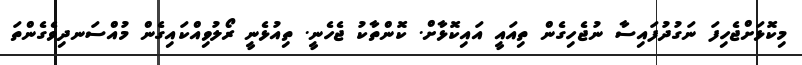
މިކޮޅަށްޖެހިފަ ނަގުދުފައިސާ ނުޖެހިގެން ތިއައީ އައިކޮޅާށް. ކޮންތާކު ޖެހެނީ. ތިއުޅެނީ ރޯލުވިއްކައިގެން މުއްސަނދިވެގެންތަ